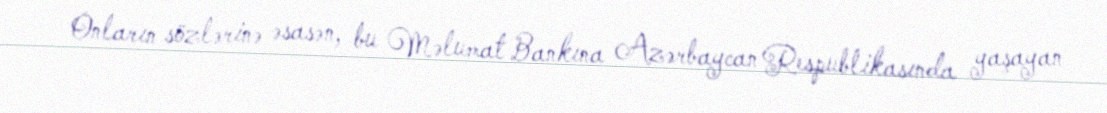
Onların sözlərinə əsasən, bu Məlumat Bankına Azərbaycan Respublikasında yaşayan